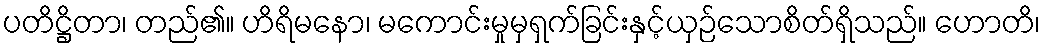
ပတိဋ္ဌိတာ၊ တည်၏။ ဟိရိမနော၊ မကောင်းမှုမှရှက်ခြင်းနှင့်ယှဉ်သောစိတ်ရှိသည်။ ဟောတိ၊